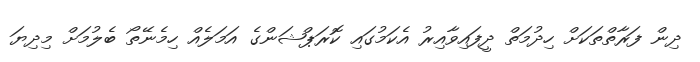
ދިން ފަރާތްތަކަށް ހިދުމަތް ދީފައިވާއިރު އެކަމުގައި ކޮރަޕްޝަންގެ އަމަލެއް ހިމެނޭތޯ ބެލުމަށް މިދިޔަ